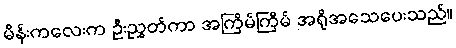
မိန်းကလေးက ဦးညွှတ်ကာ အကြိမ်ကြိမ် အရိုအသေပေးသည်။